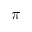
\pi